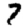
Digit: 7